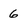
Character: 6